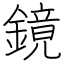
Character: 鏡